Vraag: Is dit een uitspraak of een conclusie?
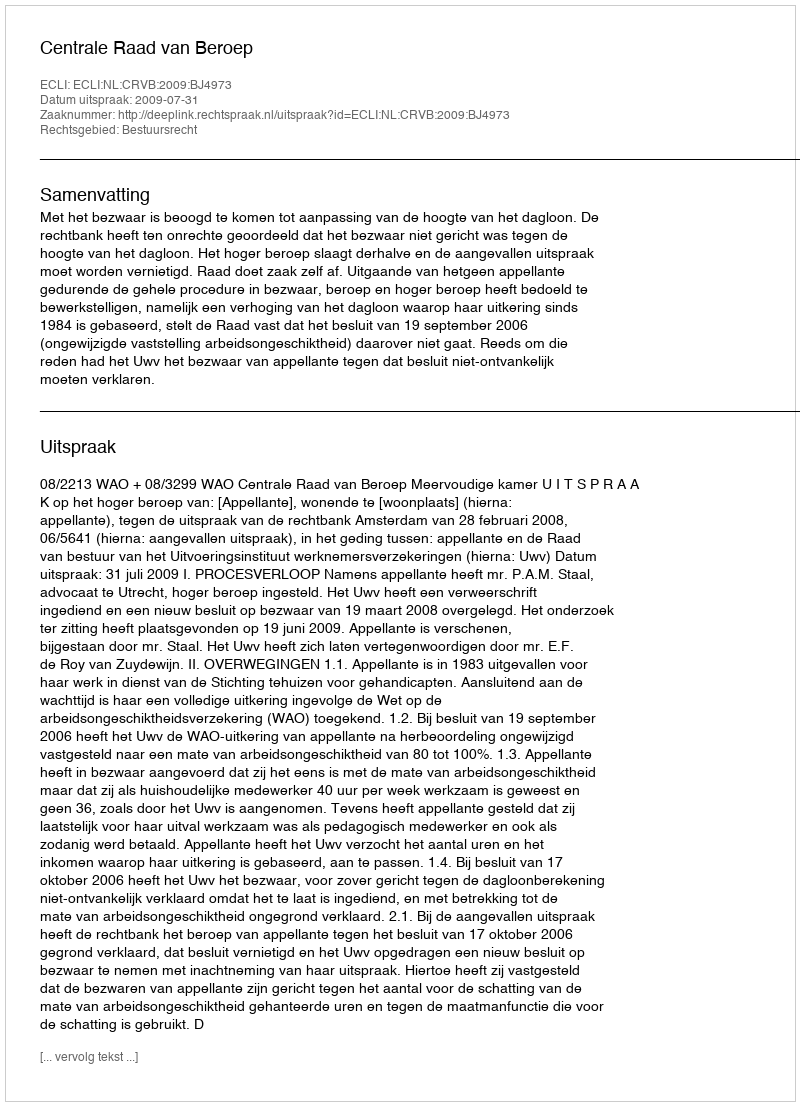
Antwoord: Uitspraak